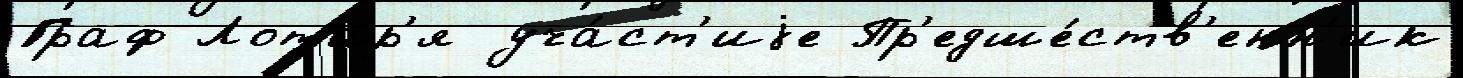
Граф Лотар'я уча́ст'иjе Пр'едше́ств'енн'ик